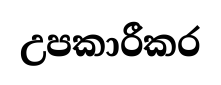
උපකාරීකර